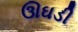
ઊઘડી